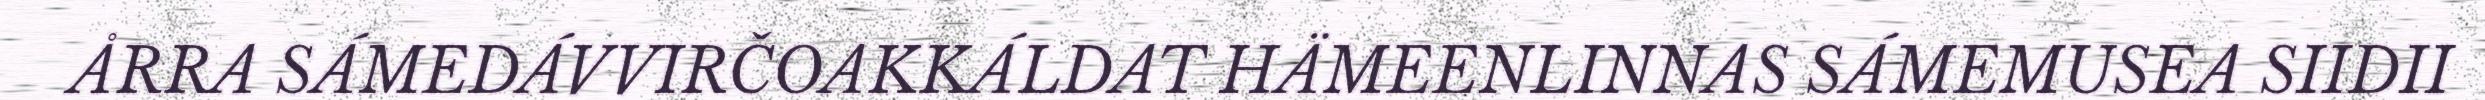
ÅRRA SÁMEDÁVVIRČOAKKÁLDAT HÄMEENLINNAS SÁMEMUSEA SIIDII